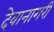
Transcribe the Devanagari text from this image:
देवानागरी